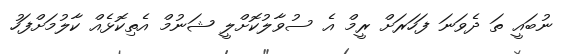
ނުބައީ ތަ ދެވަނަ ފަހަރަށް ރީމް އެ ސުވާލުކޮށްލީ ޝަނުމް އެތިކޮޅެއް ކާލުމަށްފަހު